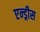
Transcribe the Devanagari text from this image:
एन्ड्रीस